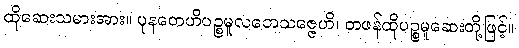
ထိုဆေးသမားအား။ ပုနတေဟိပဉ္စမူလဘေသဇ္ဇေဟိ၊ တဖန်ထိုပဉ္စမူဆေးတို့ဖြင့်။